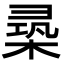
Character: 𣕡